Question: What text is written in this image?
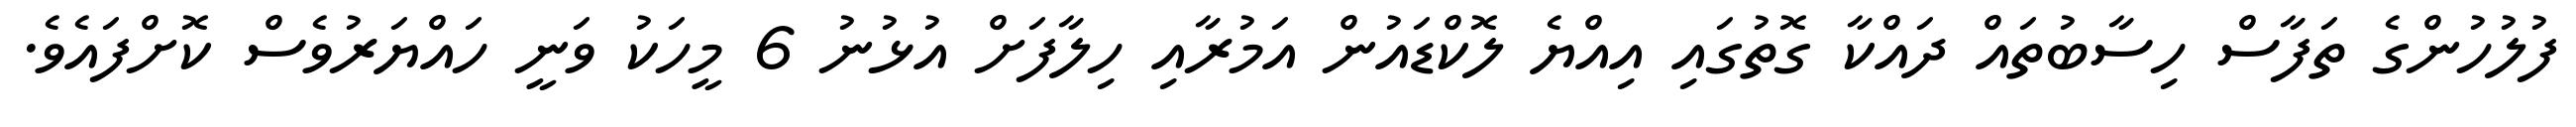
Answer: ފުލުހުންގެ ތަފާސް ހިސާބުތައް ދައްކާ ގޮތުގައި އިއްޔެ ލޮކްޑައުން އަމުރާއި ހިލާފަށް އުޅުނު 6 މީހަކު ވަނީ ހައްޔަރުވެސް ކޮށްފައެވެ.